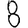
Digit: 8